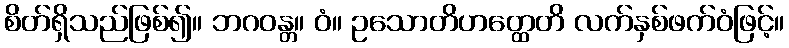
စိတ်ရှိသည်ဖြစ်၍။ ဘဂဝန္တ။ ဝံ။ ဥသောတိဟတ္ထေတိ လက်နှစ်ဖက်ဝံဖြင့်။